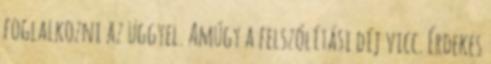
foglalkozni az üggyel. Amúgy a felszólítási díj vicc. Érdekes